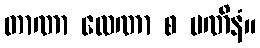
တာဏာ လေဏာ စ ပဏိနံ။